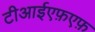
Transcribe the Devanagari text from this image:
टीआईएफ़एफ़